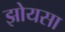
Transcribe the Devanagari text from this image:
झोयसा